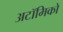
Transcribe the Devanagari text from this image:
अटॉमिको